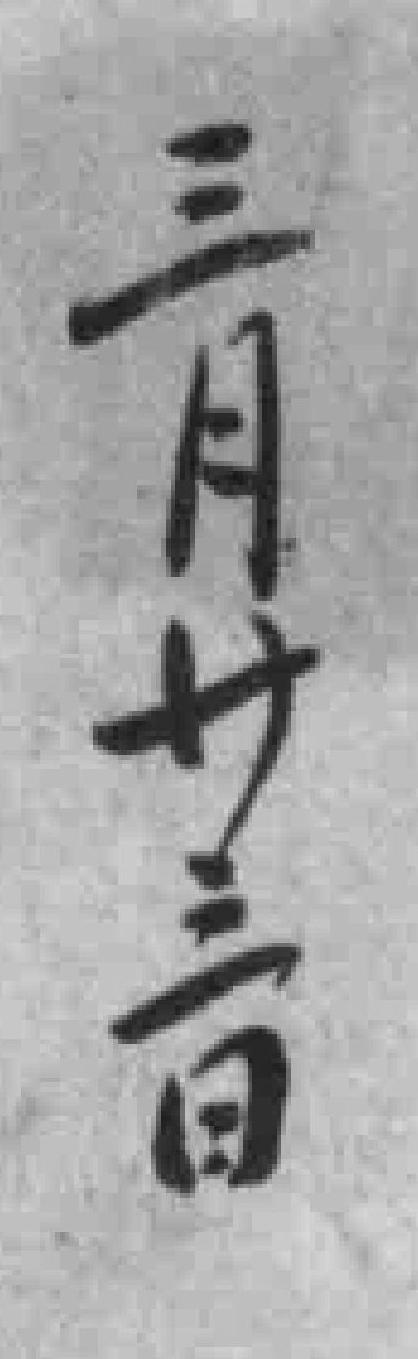
三月卄三日